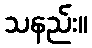
သနည်း။